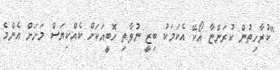
"ކުރާހިތުން ކުރަންޏާ އޯކޭ އެކަމަކު ބިޒީ ނުވާތި ހޮބީއަކަށް ކެއްކިޔަސް މަށަށް އެންމެ